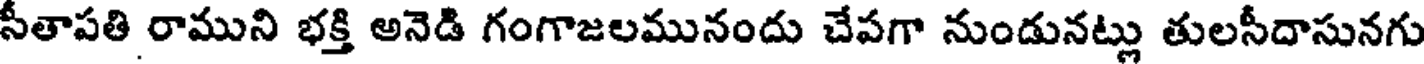
సీతాపతి రాముని భక్తి అనెడి గంగాజలమునందు చేపగా నుండునట్లు తులసీదాసునగు